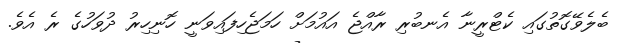
ބެލެވޭގޮތުގައި ކެޓްރީނާ އެނބުރި ރާއްޖެ އައުމަށް ހަމަޖެހިފައިވަނީ ހޮނިހިރު ދުވަހުގެ ރެ އެވެ.